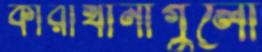
কারাখানাগুলো